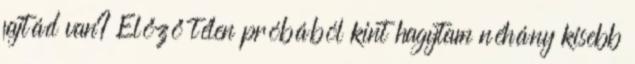
fajtád van? Előző télen próbából kint hagytam néhány kisebb